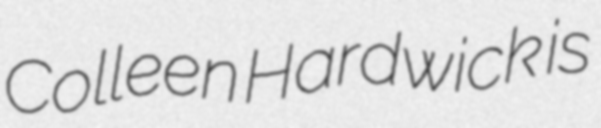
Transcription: Colleen Hardwick is